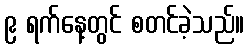
၉ ရက်နေ့တွင် စတင်ခဲ့သည်။